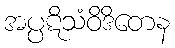
အပ္ပဋိသံဝိဒိတေန